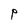
Character: p